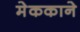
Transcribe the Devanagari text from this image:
मेककाने